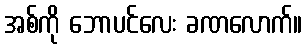
အစ်ကို ဘောပင်လေး ခဏလောက်။